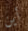
أين